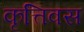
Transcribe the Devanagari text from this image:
कृत्तिवस